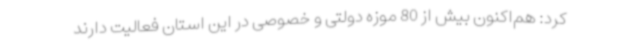
کرد: هم‌اکنون بیش از 80 موزه دولتی و خصوصی در این استان فعالیت دارند